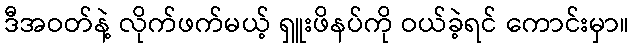
ဒီအဝတ်နဲ့ လိုက်ဖက်မယ့် ရှူးဖိနပ်ကို ဝယ်ခဲ့ရင် ကောင်းမှာ။